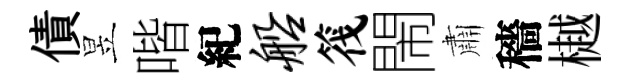
債昱喈紀船筏閙肅穡樾